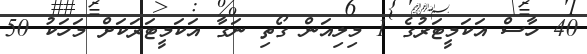
40 ހާސް އަަކަމީޓަރުގެ 1 މިލިއަން ގޯތި ނަގާ އަކަމީޓަރަކަށް މަހަކު 50